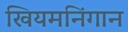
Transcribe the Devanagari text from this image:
खियमनिंगान